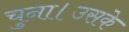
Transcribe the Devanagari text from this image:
चुना।उसके